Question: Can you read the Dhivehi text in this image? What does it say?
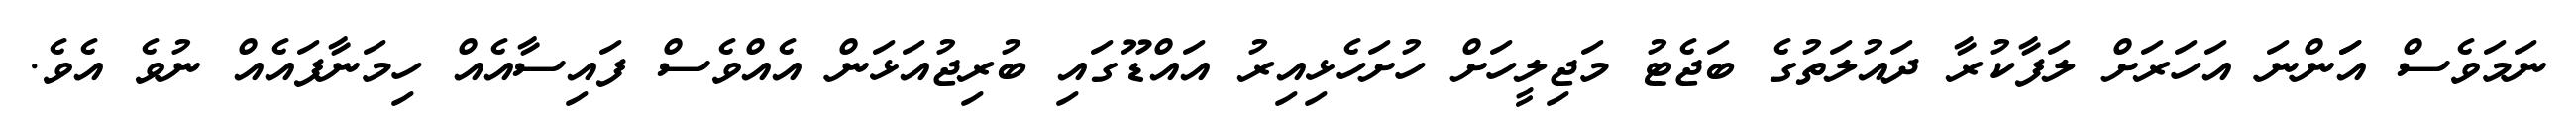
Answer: ނަމަވެސް އަަންނަ އަހަރަށް ލަފާކުރާ ދައުލަތުގެ ބަޖެޓު މަޖިލީހަށް ހުށަހެޅިއިރު އައްޑޫގައި ބުރިޖުއަޅަން އެއްވެސް ފައިސާއެއް ހިމަނާފައެއް ނުވެ އެވެ.